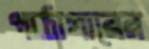
পাঠাগারের